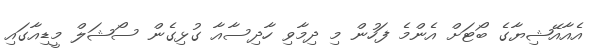
އެއާއޭޝިޔާގެ ބޯޓަށް އެންމެ ފަހުން މި ދިމާވި ހާދިސާއާ ގުޅިގެން ސޯޝަލް މީޑިއާގައި